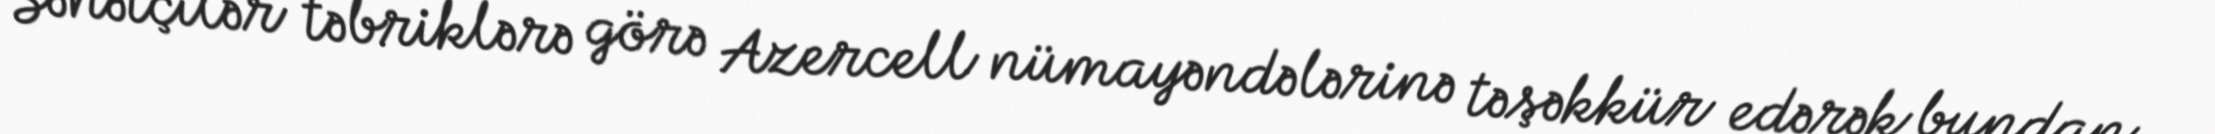
Sənətçilər təbriklərə görə Azercell nümayəndələrinə təşəkkür edərək bundan